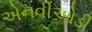
એનવીઓડી